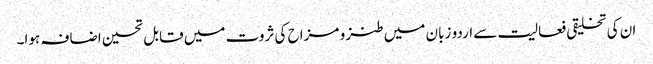
ان کی تخلیقی فعالیت سے اردو زبان میں طنز و مزاح کی ثروت میں قابل تحسین اضافہ ہوا۔